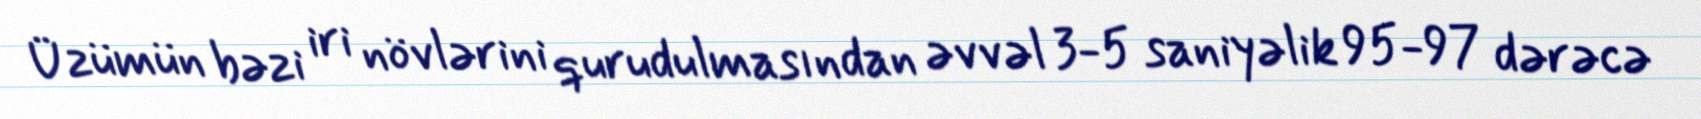
Üzümün bəzi iri növlərini qurudulmasından əvvəl 3-5 saniyəlik 95-97 dərəcə